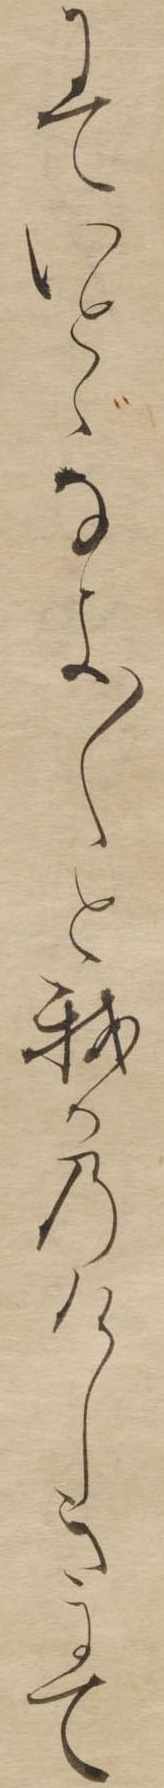
にていとゞなよ〱と我かのけしきにて